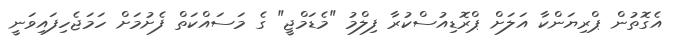
އެގޮތުން ޕްރިޔަންކާ އަލަށް ޕްރޮޑިއުސްކުރާ ފިލްމު "މެޑަމްޖީ" ގެ މަސައްކަތް ފެށުމަށް ހަމަޖެހިފައިވަނީ